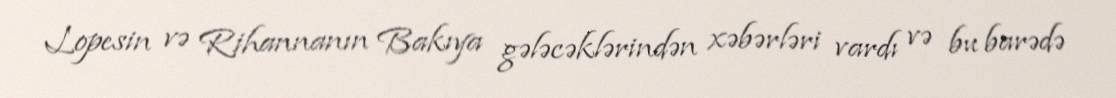
Lopesin və Rihannanın Bakıya gələcəklərindən xəbərləri vardı və bu barədə